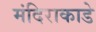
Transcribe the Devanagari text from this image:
मंदिराकाडे